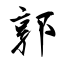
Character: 郭